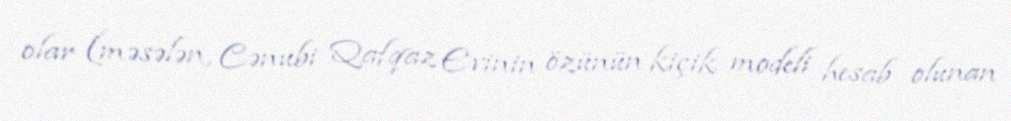
olar (məsələn, Cənubi Qafqaz Evinin özünün kiçik modeli hesab olunan